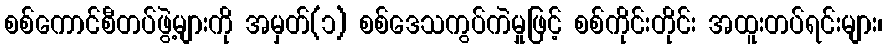
စစ်ကောင်စီတပ်ဖွဲ့များကို အမှတ်(၁) စစ်ဒေသကွပ်ကဲမှုဖြင့် စစ်ကိုင်းတိုင်း အထူးတပ်ရင်းများ၊